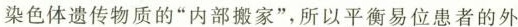
染色体遗传物质的”内部搬家”，所以平衡易位患者的外